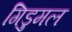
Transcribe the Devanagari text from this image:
गिडुमल